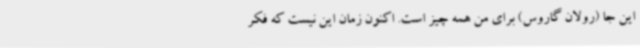
این جا (رولان گاروس) برای من همه چیز است. اکنون زمان این نیست که فکر